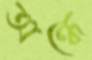
অন্ধে